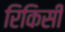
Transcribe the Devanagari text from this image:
रिकिसी